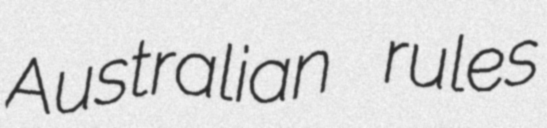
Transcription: Australian rules